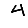
Digit: 4